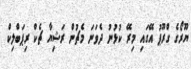
ޔޫރޯގެ ގްރޫޕު އޭގައި މިރޭ ކުޅުނު ދެވަނަ މެޗުން ރަޝިޔާ ޗެކް ރިޕަބްލިކް